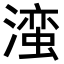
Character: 𬉁